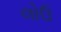
લોઉ